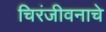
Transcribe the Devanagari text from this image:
चिरंजीवनाचे